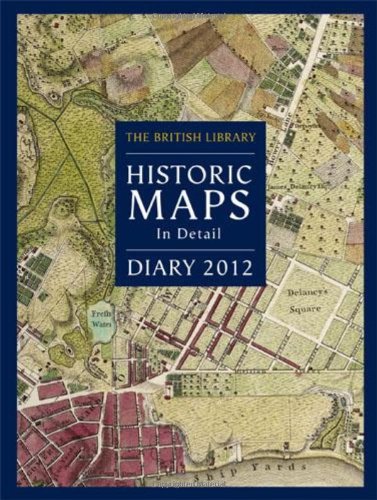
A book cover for British Library Desk Diary 2012: Historic Maps in Detail; Calendars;